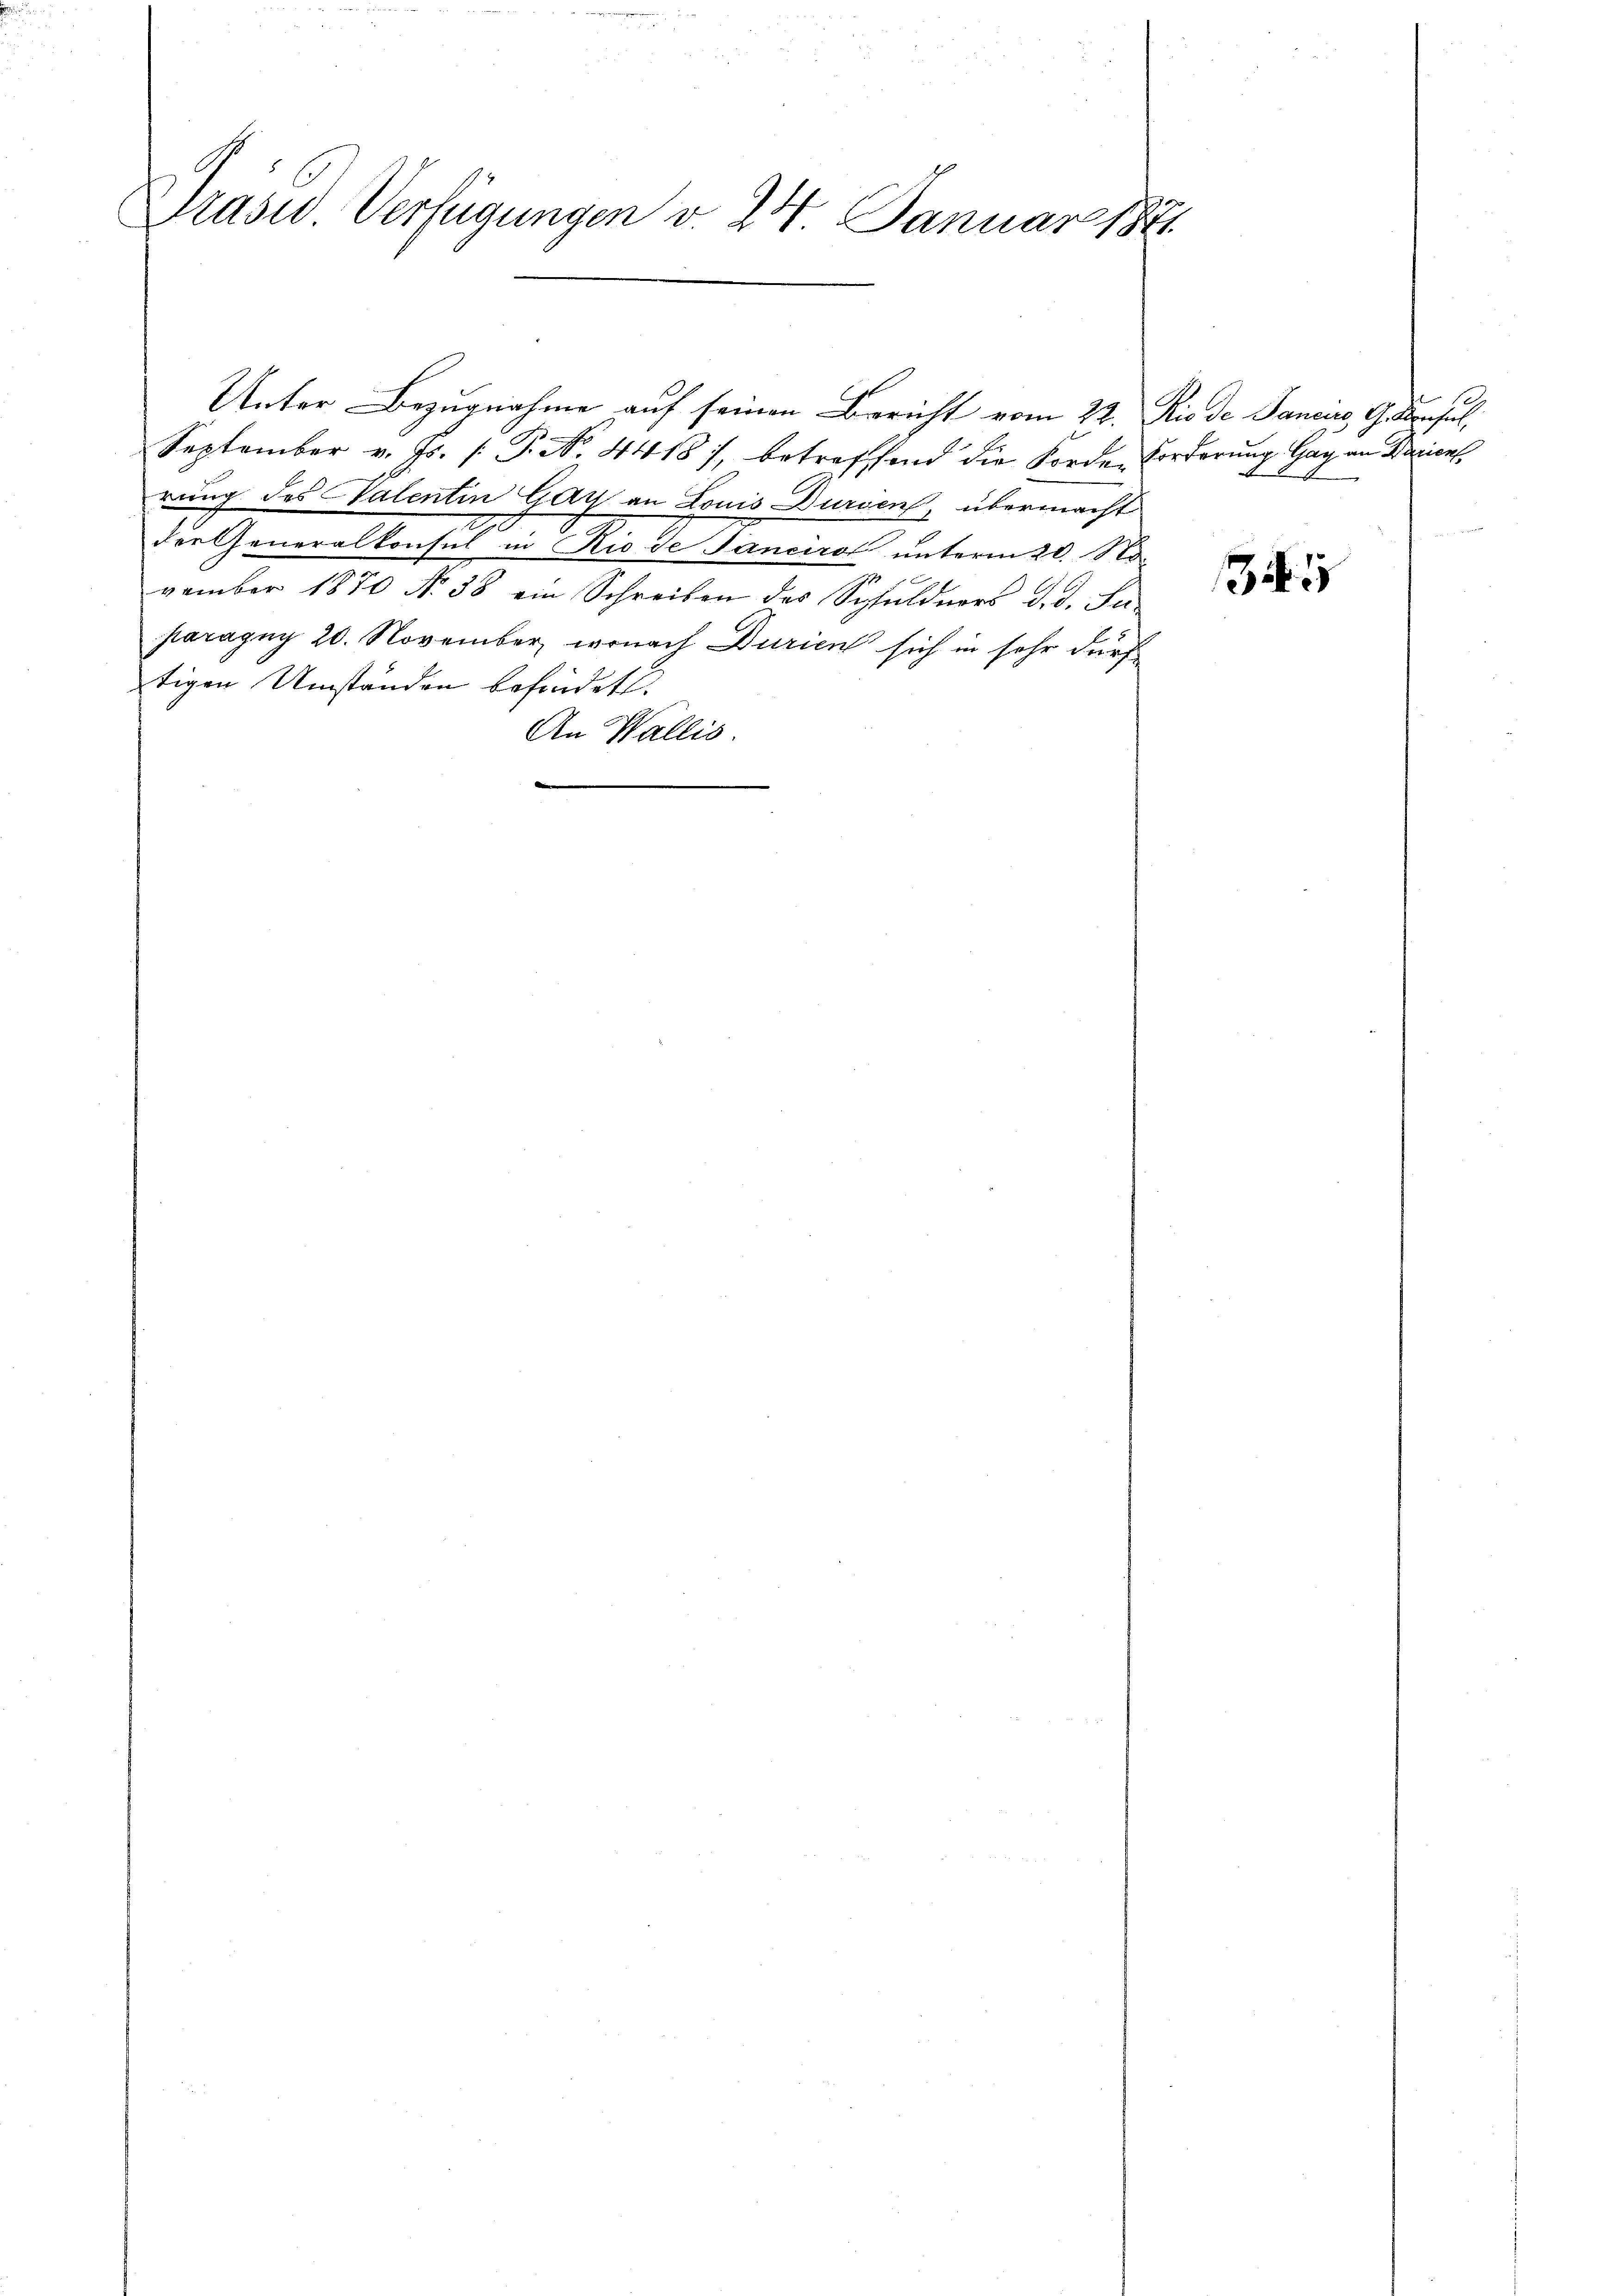
Präsid. Verfügungen v. 24. Januar 1881.

September v. Js. (: P. N. 44187, betreffend die Forden Forderung Gay an Barrien
rung des Valentin Gay an Louis Dursen, übermacht
der Generalkonsul in Niede Janeiro unterm 20. 18
vember 1870 No 38 ein Schreiben des Schuldners d. d. Juparagug 20. November, wonach Durien sich in sehr durf
tigen Umständen befindet.
An Wallis.

Unter Bezugnahme auf seinen Bericht vom 22. Rio de Janciro, G. Konsul,

5